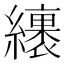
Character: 𦆪